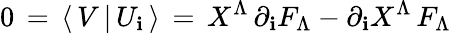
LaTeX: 0\, =\, \langle\, V\, \vert\, U_{\mathbf{i}}\, \rangle\, =\, X^{\Lambda}\, \partial_{\mathbf{i}}F_{\Lambda}-\partial_{\mathbf{i}}X^{\Lambda}\, F_{\Lambda}